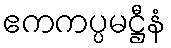
ဧကကပ္ပမဋ္ဌီနံ